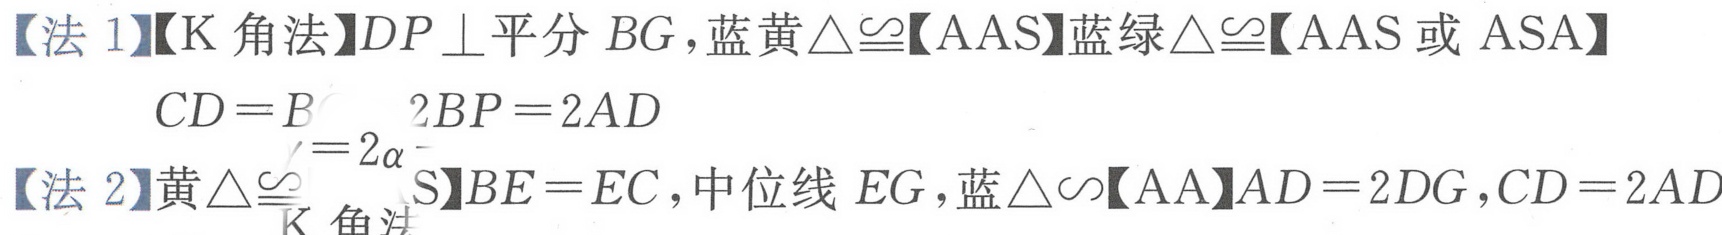
【法 1】【K 角法】$DP\perp$平分$BG$，蓝黄$\triangle\cong$【AAS】蓝绿$\triangle\cong$【AAS 或 ASA】
$CD = B = 2BP = 2AD$
【法 2】黄$\triangle\cong$【 】$BE = EC$，中位线$EG$，蓝$\triangle\backsim$【AA】$AD = 2DG$，$CD = 2AD$